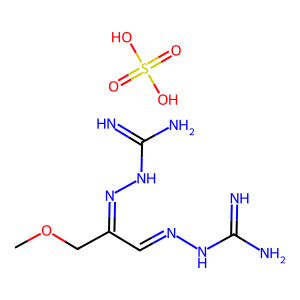
SMILES: COCC(C=NNC(=N)N)=NNC(=N)N.O=S(=O)(O)O
Inhibits HIV replication: No